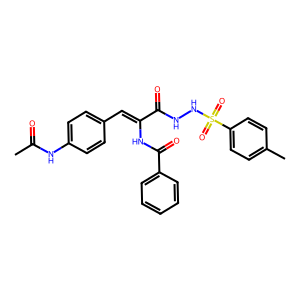
SMILES: CC(=O)Nc1ccc(C=C(NC(=O)c2ccccc2)C(=O)NNS(=O)(=O)c2ccc(C)cc2)cc1
Inhibits HIV replication: No